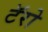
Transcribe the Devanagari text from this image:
टॅरो